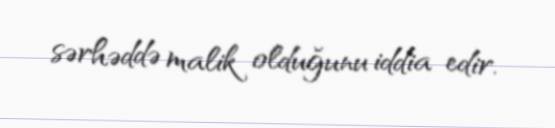
sərhəddə malik olduğunu iddia edir.